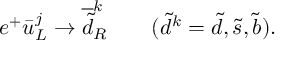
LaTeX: e ^ { + } \bar { u } _ { L } ^ { j } \rightarrow \overline { { { \tilde { d } } } } _ { R } ^ { k } ~ ~ ~ ~ ~ ~ ( \tilde { d } ^ { k } = \tilde { d } , \tilde { s } , \tilde { b } ) .